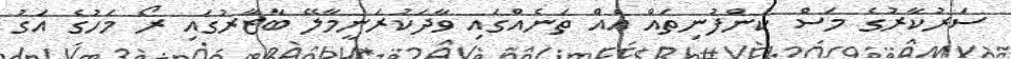
ސަރުކާރުގެ މަސް ކުންފުނިތައް އެއް ތަނެއްގައި ވާދަކުރަނީމާލޭ ބާޒާރުގައި ރޯ މަހުގެ އަގު